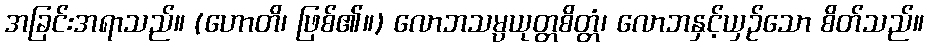
အခြင်းအရာသည်။ (ဟောတိ၊ ဖြစ်၏။) လောဘသမ္ပယုတ္တစိတ္တံ၊ လောဘနှင့်ယှဉ်သော စိတ်သည်။